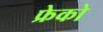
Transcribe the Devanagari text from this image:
फ्रेको